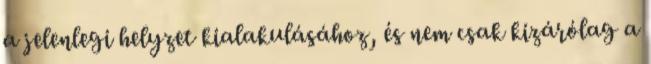
a jelenlegi helyzet kialakulásához, és nem csak kizárólag a